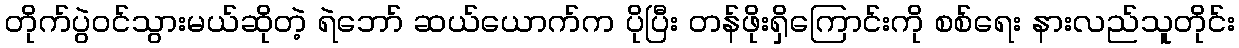
တိုက်ပွဲဝင်သွားမယ်ဆိုတဲ့ ရဲဘော် ဆယ်ယောက်က ပိုပြီး တန်ဖိုးရှိကြောင်းကို စစ်ရေး နားလည်သူတိုင်း